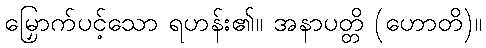
မြှောက်ပင့်သော ရဟန်း၏။ အနာပတ္တိ (ဟောတိ)။